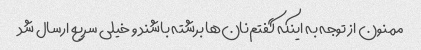
ممنون از توجه به اینکه گفتم‌نان‌ها برشته باشند و خیلی سریع ارسال شد